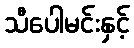
သီပေါမင်းနှင့်